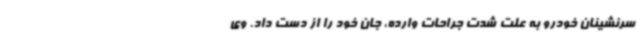
سرنشینان خودرو به علت شدت جراحات وارده، جان خود را از دست داد. وی